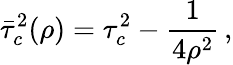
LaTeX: \bar{\tau}_{c}^{2}(\rho)=\tau_{c}^{2}-\frac{1}{4\rho^{2}}\, {,}